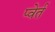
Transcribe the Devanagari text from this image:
प्वेर्त